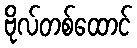
ဗိုလ်တစ်ထောင်